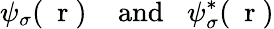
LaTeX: \psi_{\sigma}(\mathrm{~\mathbf~r~})\; \; \; \; \mathrm{and}\; \; \; \psi_{\sigma}^{*}(\mathrm{~\mathbf~r~})